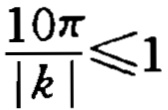
\frac{10\pi}{|k|}\leqslant1